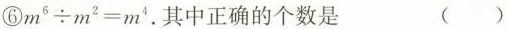
⑥$$m ^ { 6 } \div